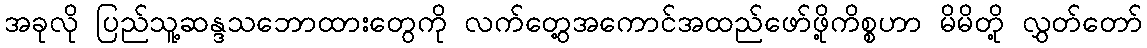
အခုလို ပြည်သူ့ဆန္ဒသဘောထားတွေကို လက်တွေ့အကောင်အထည်ဖော်ဖို့ကိစ္စဟာ မိမိတို့ လွှတ်တော်